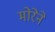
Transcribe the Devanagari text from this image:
मोरेने